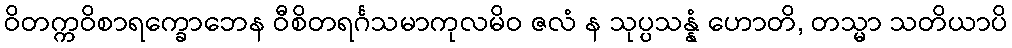
ဝိတက္ကဝိစာရက္ခောဘေန ဝီစိတရင်္ဂသမာကုလမိဝ ဇလံ န သုပ္ပသန္နံ ဟောတိ, တသ္မာ သတိယာပိ